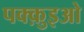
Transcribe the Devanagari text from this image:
पक्क़ुइओ